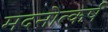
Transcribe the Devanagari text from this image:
मदनोत्कर्ष